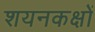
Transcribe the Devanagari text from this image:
शयनकक्षों